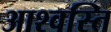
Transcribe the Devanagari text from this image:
आश्वस्ति